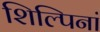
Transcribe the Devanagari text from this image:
शिल्पिनां